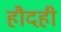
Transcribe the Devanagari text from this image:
हौदही